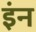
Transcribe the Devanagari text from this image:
इंन